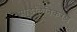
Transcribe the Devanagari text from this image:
माइलिनिकरण